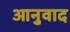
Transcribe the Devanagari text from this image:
आनुवाद